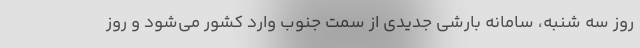
روز سه شنبه، سامانه بارشی جدیدی از سمت جنوب وارد کشور می‌شود و روز